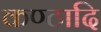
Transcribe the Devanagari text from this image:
कण्ठादि